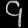
Digit: ၄